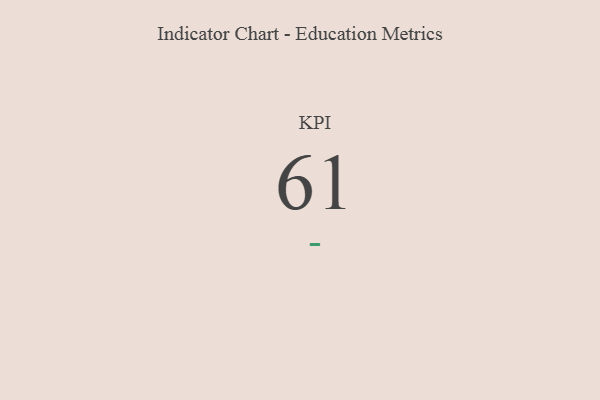
{"axis": {"x": "KPI", "y": "Value"}, "legend": [""], "data": [{"x": "KPI", "y": 61, "type": ""}]}